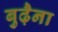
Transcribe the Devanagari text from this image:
बुढ़ैना